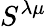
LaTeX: S^{\lambda\mu}